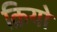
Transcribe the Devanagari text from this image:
क्रियो